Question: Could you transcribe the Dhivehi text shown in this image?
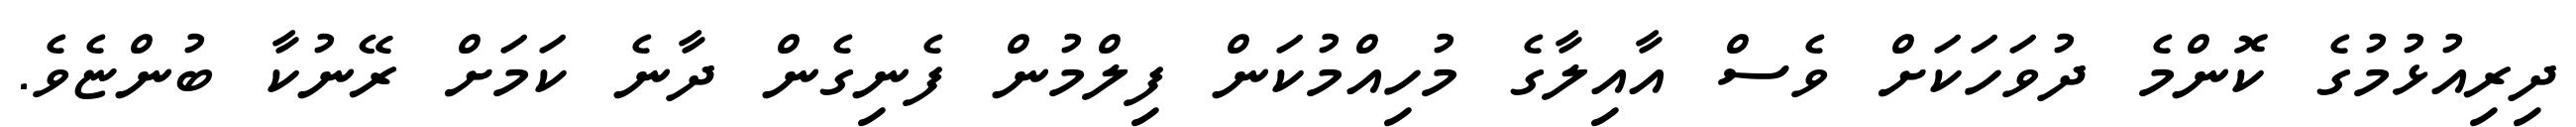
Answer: ދިރިއުޅުމުގެ ކޮންމެ ދުވަހަކަށް ވެސް އާއިލާގެ މުހިއްމުކަން ފިލްމުން ފެނިގެން ދާނެ ކަމަށް ރޭނުކާ ބުންޏެވެ.